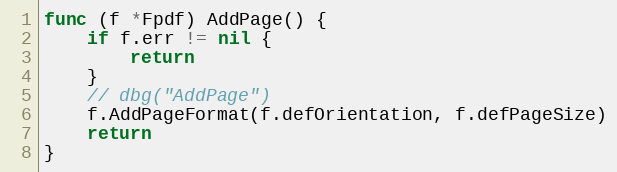
Language: Go
func (f *Fpdf) AddPage() {
	if f.err != nil {
		return
	}
	// dbg("AddPage")
	f.AddPageFormat(f.defOrientation, f.defPageSize)
	return
}